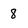
Character: 8